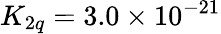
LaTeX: K_{2q}=3.0\times 10^{-21}